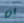
ان